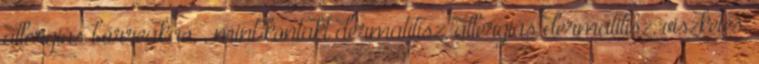
allergiás bőrreakció, , mint kontakt dermatitisz, allergiás dermatitisz, viszketés,